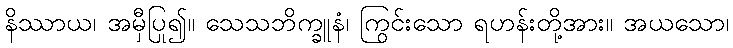
နိဿာယ၊ အမှီပြု၍။ သေသဘိက္ခူနံ၊ ကြွင်းသော ရဟန်းတို့အား။ အယသော၊